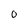
Character: 0